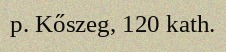
p. Kőszeg, 120 kath.